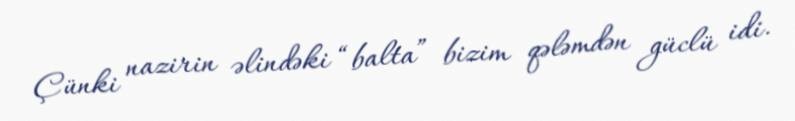
Çünki nazirin əlindəki “balta” bizim qələmdən güclü idi.